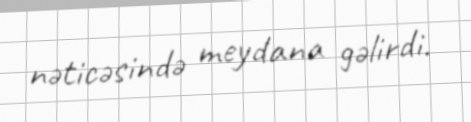
nəticəsində meydana gəlirdi.